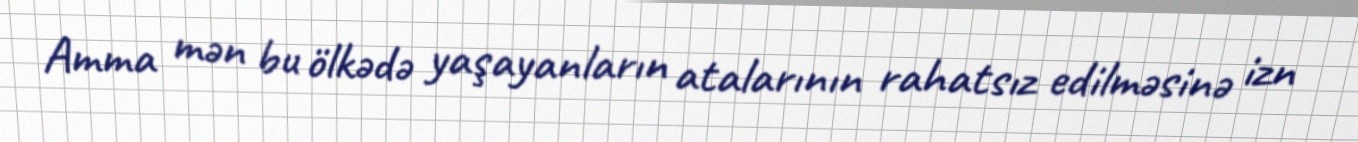
Amma mən bu ölkədə yaşayanların atalarının rahatsız edilməsinə izn